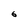
Character: 6